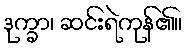
ဒုက္ခာ၊ ဆင်းရဲကုန်၏။